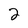
Character: 2